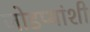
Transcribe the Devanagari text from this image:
जोडप्यांशी